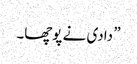
” دادی نے پوچھا۔